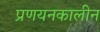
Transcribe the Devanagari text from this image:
प्रणयनकालीन